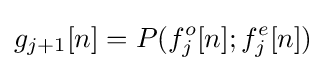
g_{j+1}[n]=P(f_{j}^{o}[n];f_{j}^{e}[n])